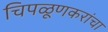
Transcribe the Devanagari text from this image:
चिपळूणकरांचा